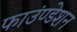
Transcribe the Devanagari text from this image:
फाउंण्डेशन